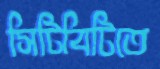
সিটিবিটিতে